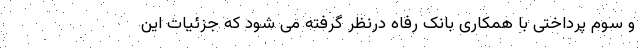
و سوم پرداختی با همکاری بانک رفاه درنظر گرفته می شود که جزئیات این